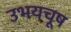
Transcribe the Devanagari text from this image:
उभयचूष